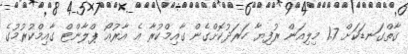
ގާތްގަނޑަކަށް 1.7 މިލިއަން ރުފިޔާ ހަރަދުކޮށްގެން ގާއިމްކުރާ އެ އާރުއޯ ޕްލާންޓް ގާއިމްކުރުމުގެ